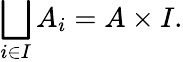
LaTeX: \bigsqcup_{i\in I}A_{i}=A\times I.